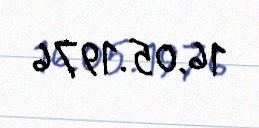
16.05.1976